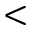
<